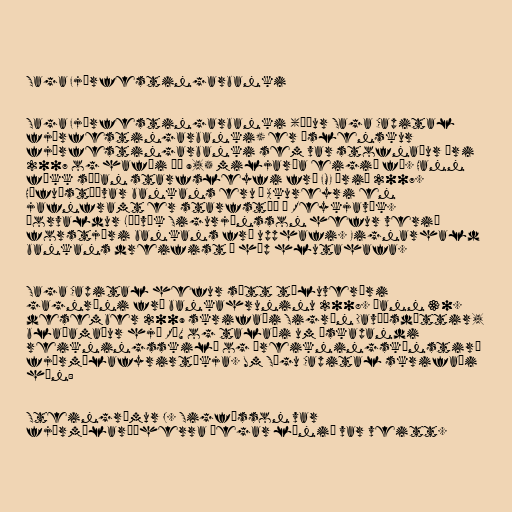
Saga Fjárfestingarbanki

Saga Fjárfestingarbanki (áður Saga Capital
fjárfestingarbanki) er íslenskur
fjárfestingarbanki sem var stofnaður ári
2007 og hafði þá 9,5 miljarða eigið fé. Hann
fékk síðan starfsleyfi frá FME árið 2007.
Höfuðstöðvar bankans eru á Akureyri en
jafnframt er starfstöð í Reykjavík.
Þorvaldur Lúðvík Sigurjónsson hefur verið
forstjóri bankans frá upphafi. Eignarhald
bankans dreifist á hóp hlutahafa.

Saga Capital hefur sætt töluverðri
gagnrýni frá bankahruninu 2008. Þann 30.
desember 2009 skrifaði Sigrún Davíðsdóttir,
blaðamaður hjá RÚV og talaði um „skapandi
reikningsskil“ og „reikningskúnstir“
fjármálafyrirtækja. Um Sögu Capital skrifaði
hún:

Steingrímur J. Sigfússon var
fjármálaráðherra þegar lánið var veitt.